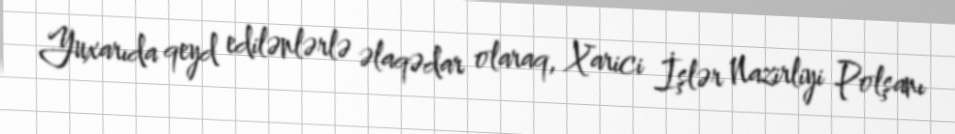
Yuxarıda qeyd edilənlərlə əlaqədar olaraq, Xarici İşlər Nazirliyi Polşanı